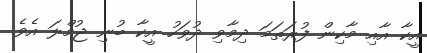
އީކާ އާއި މާކިން ފުރަތަމަ ދިމާވި ދުވަހު އީކާ ބުނި ޖުމްލަ އެވެ.